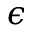
\epsilon